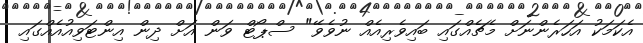
އެކަމަކު އަހަރެންނަށް މެޗެއްގައި ބައިވެރިއެއް ނުވެވޭ" ސްޕޯޓް ވަން އަށް ދިން އިންޓަވިއުއެއްގައި